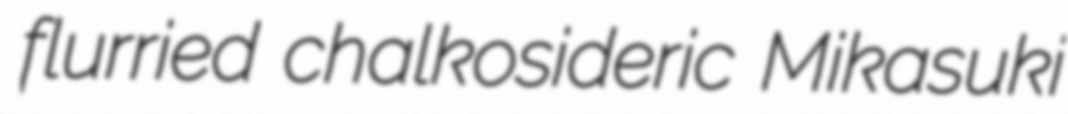
flurried chalkosideric Mikasuki